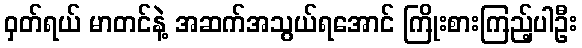
ဝှတ်ရယ် မာတင်နဲ့ အဆက်အသွယ်ရအောင် ကြိုးစားကြည့်ပါဦး